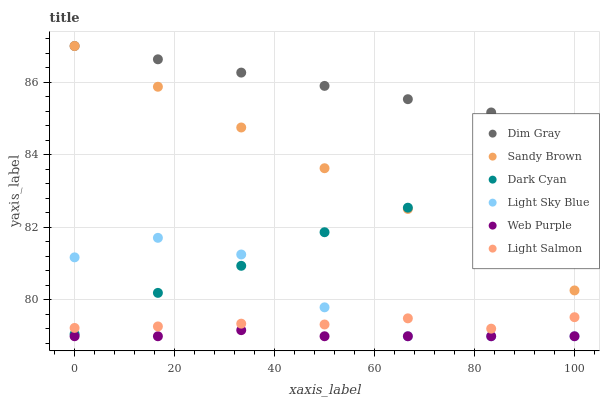
| xaxis_label | Dim Gray | Sandy Brown | Dark Cyan | Light Sky Blue | Web Purple | Light Salmon |
 | --- | --- | --- | --- | --- | --- | --- |
 | 0 | 87 | 87 | 79.1 | 81.2 | 79 | 79.2 |
 | 16.7 | 86.6 | 85.9 | 80.2 | 81.7 | 79 | 79.3 |
 | 33.3 | 86.3 | 84.8 | 80.9 | 81.3 | 79.2 | 79.3 |
 | 50 | 85.9 | 83.6 | 81.9 | 79.8 | 79 | 79.3 |
 | 66.7 | 85.5 | 82.5 | 82.5 | 79 | 79 | 79.5 |
 | 83.3 | 85.2 | 81.4 | 83.7 | 79 | 79 | 79.2 |
 | 100 | 84.8 | 80.3 | 85 | 79 | 79 | 79.5 |